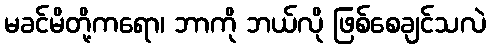
မခင်မိတို့ကရော၊ ဘာကို ဘယ်လို ဖြစ်စေချင်သလဲ